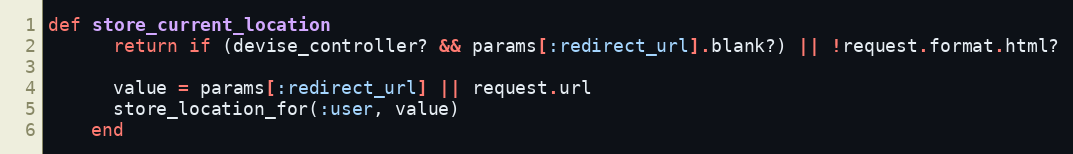
Language: Ruby
def store_current_location
      return if (devise_controller? && params[:redirect_url].blank?) || !request.format.html?

      value = params[:redirect_url] || request.url
      store_location_for(:user, value)
    end